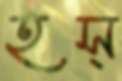
হস্